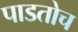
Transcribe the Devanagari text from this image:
पाडतोच